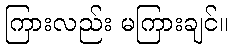
ကြားလည်း မကြားချင်။